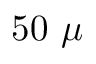
5 0 ~ \mu